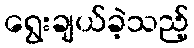
ရွေးချယ်ခဲ့သည့်